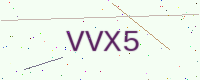
Text: VVX5